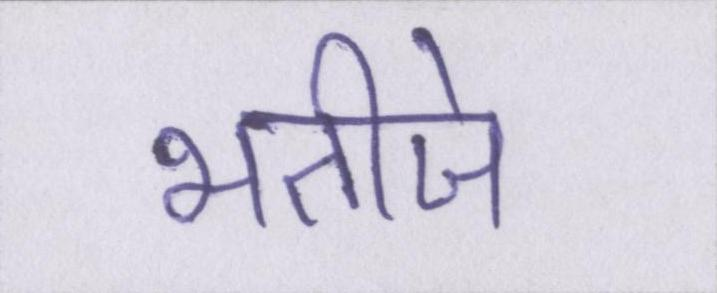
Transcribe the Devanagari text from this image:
भतीजे